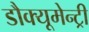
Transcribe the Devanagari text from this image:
डौक्यूमेन्ट्री